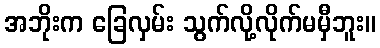
အဘိုးက ခြေလှမ်း သွက်လို့လိုက်မမှီဘူး။